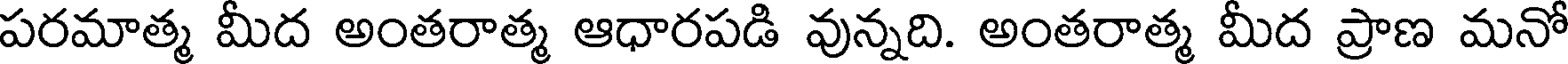
పరమాత్మ మీద అంతరాత్మ ఆధారపడి వున్నది. అంతరాత్మ మీద ప్రాణ మనో